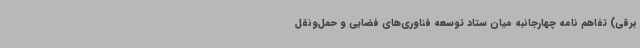
برقی) تفاهم نامه چهارجانبه میان ستاد توسعه فناوری‌های فضایی و حمل‌ونقل